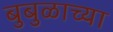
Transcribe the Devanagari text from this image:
बुबुळाच्या